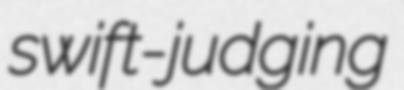
swift-judging